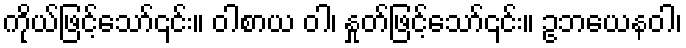
ကိုယ်ဖြင့်သော်၎င်း။ ဝါစာယ ဝါ၊ နှုတ်ဖြင့်သော်၎င်း။ ဥဘယေနဝါ၊